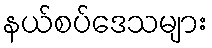
နယ်စပ်ဒေသများ